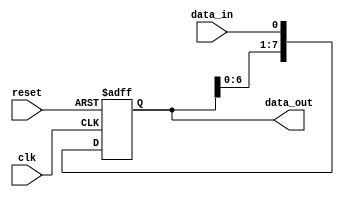
module SIPO_shift_register (
  input wire clk,  // Clock input
  input wire reset,  // Reset input
  input wire data_in,  // Serial data input
  output reg [7:0] data_out  // Parallel data output
);

  reg [7:0] shift_reg;  // Shift register with 8 flip-flops

  always @(posedge clk or posedge reset) begin
    if (reset) begin
      shift_reg <= 8'h00;
    end else begin
      // Shift data through the register
      shift_reg <= {shift_reg[6:0], data_in};
    end
  end

  // Assign parallel outputs
  always @* begin
    data_out = shift_reg;
  end

endmodule